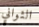
الثواني